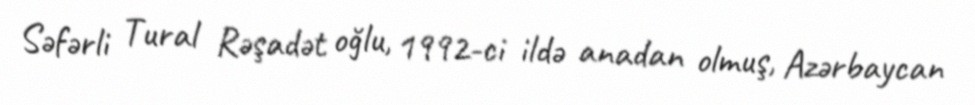
Səfərli Tural Rəşadət oğlu, 1992-ci ildə anadan olmuş, Azərbaycan